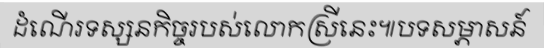
ដំណើរទស្សនកិច្ចរបស់លោកស្រីនេះ៕បទសម្ភាសន៍